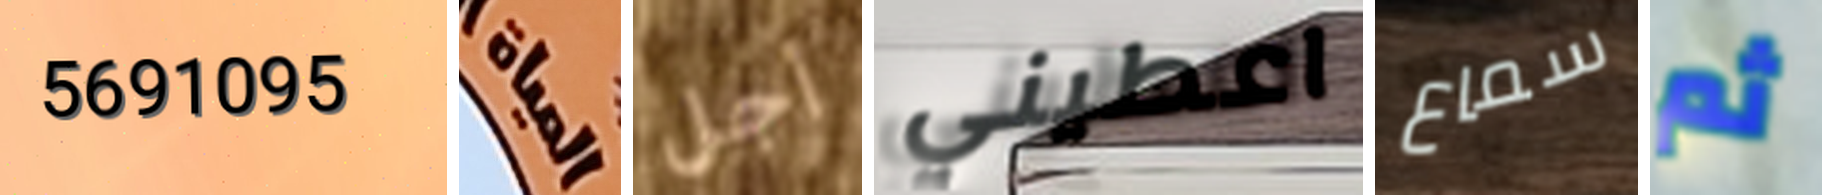
5691095 المياة أجل اعطيني سماع ثم